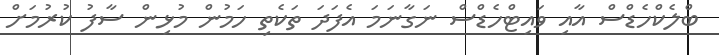
ބްލެކްހެޑްސް އާއި ވައިޓްހެޑްސް ނަގާނަމަ އެފަދަ ތަކެތި ހަމުން މުޅިން ސާފު ކުރުމަށް